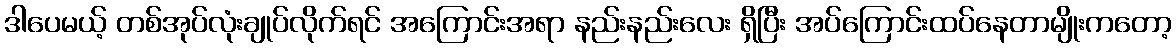
ဒါပေမယ့် တစ်အုပ်လုံးချုပ်လိုက်ရင် အကြောင်းအရာ နည်းနည်းလေး ရှိပြီး အပ်ကြောင်းထပ်နေတာမျိုးကတော့